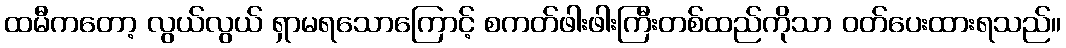
ထမီကတော့ လွယ်လွယ် ရှာမရသောကြောင့် စကတ်ဖါးဖါးကြီးတစ်ထည်ကိုသာ ဝတ်ပေးထားရသည်။